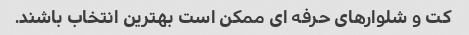
کت و شلوارهای حرفه ای ممکن است بهترین انتخاب باشند.